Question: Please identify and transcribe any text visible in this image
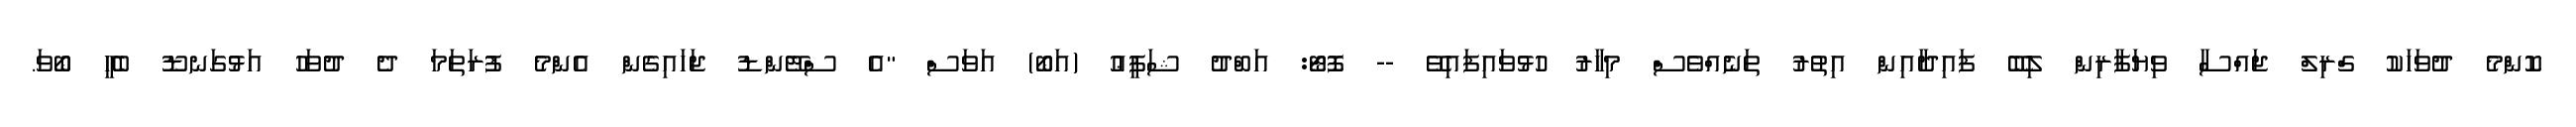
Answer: ކޮންމެ ދުވަހަކު ގްރިލް ޖައްސާ ވިޔަފާރިން ލިބޭ ފައިދާއިން އިތުރު ތަނެއްވެސް މިހާރު ހުޅުވައިފައިވޭ -- ފޮޓޯ: އަބްދު ޝަފީޢު (އަބޯ) އަވަސް "އެ ސްޓޭންޑު ޖަހައިގެން އެންމެ ފުރަތަމަ ދެ ދުވަހު އަޅުގަނޑޫ ބެހީ ބޯވަ.